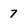
Character: 7